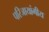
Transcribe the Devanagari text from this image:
परिजायांगीय